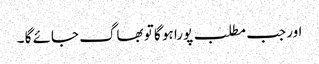
اور جب مطلب پورا ہو گا تو بھاگ جائے گا ۔